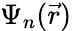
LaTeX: \Psi_{n}(\vec{r})